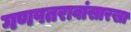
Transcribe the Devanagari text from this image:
गणपतरावांसारखा